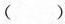
()